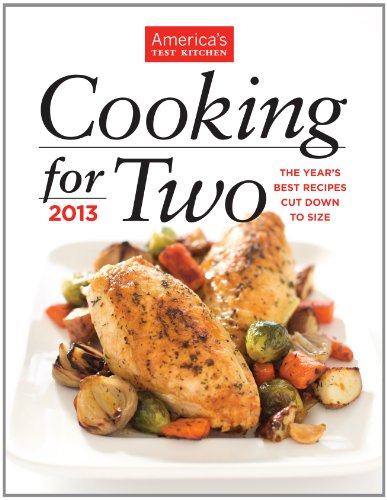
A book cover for Cooking for Two 2013; Editors at America's Test Kitchen; Cookbooks, Food & Wine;